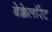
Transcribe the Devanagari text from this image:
बेक्केलॉरेट